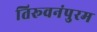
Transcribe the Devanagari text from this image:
तिरूवनंपुरम